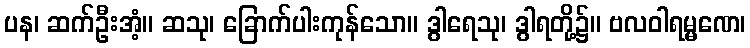
ပန၊ ဆက်ဦးအံ့။ ဆသု၊ ခြောက်ပါးကုန်သော။ ဒွါရေသု၊ ဒွါရတို့၌။ ဗလဝါရမ္မဏေ၊